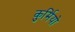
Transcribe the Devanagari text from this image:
कुर्मियो